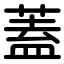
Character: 蓋